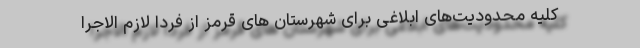
کلیه محدودیت‌های ابلاغی برای شهرستان های قرمز از فردا لازم الاجرا